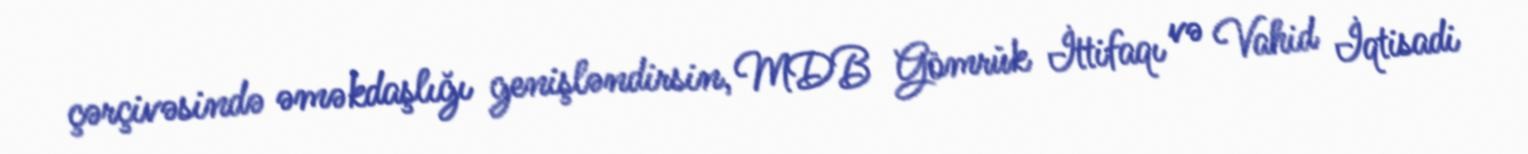
çərçivəsində əməkdaşlığı genişləndirsin, MDB Gömrük İttifaqı və Vahid İqtisadi